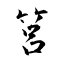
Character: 筥